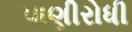
પાણીરોધી